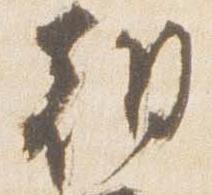
朝